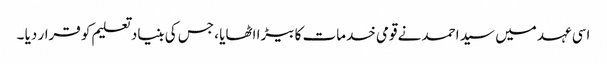
اسی عہد میں سید احمد نے قومی خدمات کا بیڑا اٹھایا ، جس کی بنیاد تعلیم کو قرار دیا ۔